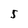
Character: 5